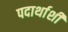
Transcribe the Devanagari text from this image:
पदार्थाशी